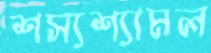
শস্যশ্যামল